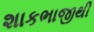
શાકભાજીથી